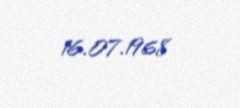
16.07.1968